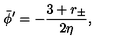
\bar { \phi } ^ { \prime } = - { \frac { 3 + r _ { \pm } } { 2 \eta } } ,